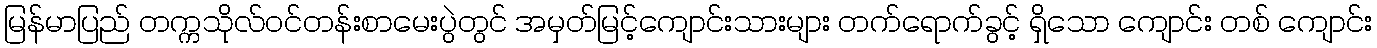
မြန်မာပြည် တက္ကသိုလ်ဝင်တန်းစာမေးပွဲတွင် အမှတ်မြင့်ကျောင်းသားများ တက်ရောက်ခွင့် ရှိသော ကျောင်း တစ် ကျောင်း